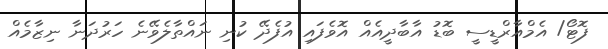
ފޮޓޯ/ އެމްއާރްޑީސީ ބޮޑު އާބާދީއެއްް އޮވެފައި އުފެދޭ ކުނި ނައްތާލެވޭނެ ހަރުދަނާ ނިޒާމެއްް